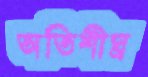
অতিশীঘ্র